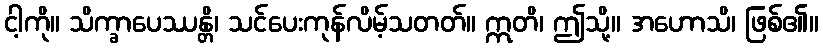
ငါ့ကို။ သိက္ခာပေဿန္တိ၊ သင်ပေးကုန်လိမ့်သတတ်။ ဣတိ၊ ဤသို့။ အဟောသိ၊ ဖြစ်၏။